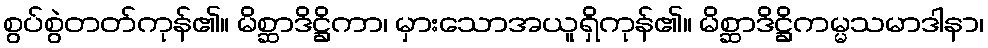
စွပ်စွဲတတ်ကုန်၏။ မိစ္ဆာဒိဋ္ဌိကာ၊ မှားသောအယူရှိကုန်၏။ မိစ္ဆာဒိဋ္ဌိကမ္မသမာဒါနာ၊